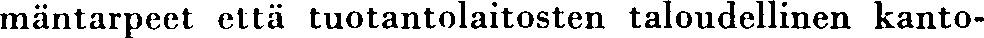
mäntarpeet että tuotantolaitosten taloudellinen kanto-